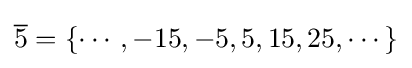
{\overline {5}}=\{\cdots ,-15,-5,5,15,25,\cdots \}